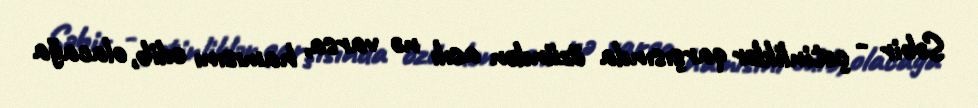
Səbir - çətinliklər qarşısında özündən asılı nə varsa, hamısını edib, olacağa